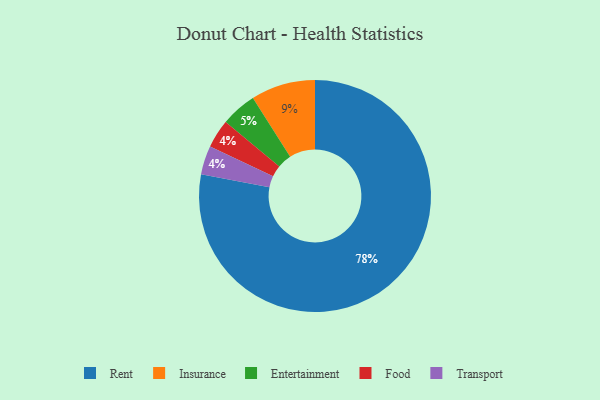
{"axis": {"x": "Category", "y": "Percentage"}, "legend": ["Entertainment", "Food", "Insurance", "Rent", "Transport"], "data": [{"x": "Rent", "y": 78, "type": "Rent"}, {"x": "Food", "y": 4, "type": "Food"}, {"x": "Entertainment", "y": 5, "type": "Entertainment"}, {"x": "Transport", "y": 4, "type": "Transport"}, {"x": "Insurance", "y": 9, "type": "Insurance"}]}